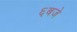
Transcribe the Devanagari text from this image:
६बजे